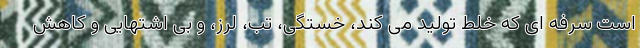
است سرفه ای که خلط تولید می کند، خستگی، تب، لرز، و بی اشتهایی و کاهش